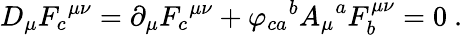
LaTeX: D_{\mu}{F_{c}}^{\mu\nu}=\partial_{\mu}{F_{c}}^{\mu\nu}+{\varphi_{ca}}^{b}{A_{\mu}}^{a}F_{b}^{\mu\nu}=0~.